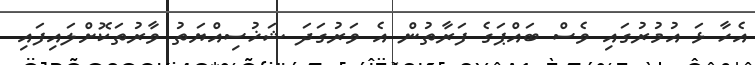
އެހާ ޅަ އުމުރުގައި ވެސް ބައްޕަގެ ފަރާތުން އެ ވަރުގަދަ ޝަޚުސިއްޔަތު ވާރުތަކޮށްލައިފައި